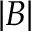
| B |